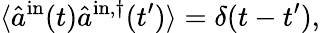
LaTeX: \langle\hat{a}^{\mathrm{in}}(t)\hat{a}^{\mathrm{in},\dagger}(t^{\prime})\rangle=\delta(t-t^{\prime}),